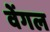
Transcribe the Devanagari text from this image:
वेंगल